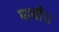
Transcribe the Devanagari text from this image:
पायी।।